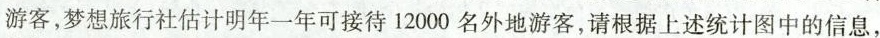
游客，梦想旅行社估计明年一年可接待12000名外地游客，请根据上述统计图中的信息，